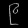
Digit: ၉